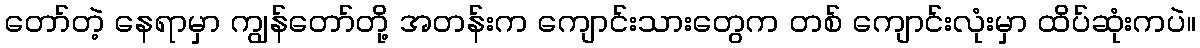
တော်တဲ့ နေရာမှာ ကျွန်တော်တို့ အတန်းက ကျောင်းသားတွေက တစ် ကျောင်းလုံးမှာ ထိပ်ဆုံးကပဲ။